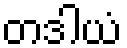
တဒါယံ